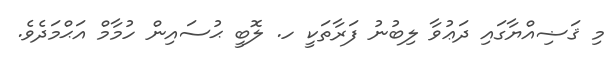
މި ޤަޟިއްޔާގައި ދަޢުވާ ލިބުނު ފަރާތަކީ ހ. ލޮބީ ޙުސައިން ހުމާމް އަޙްމަދެވެ.